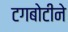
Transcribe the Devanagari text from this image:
टगबोटीने